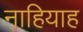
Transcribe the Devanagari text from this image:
नाहियाह